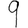
Digit: 9